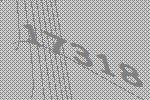
17318